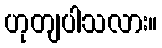
ဟုတျပါသလား။